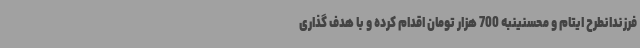
فرزندانطرح ایتام و محسنینبه 700 هزار تومان اقدام کرده و با هدف گذاری